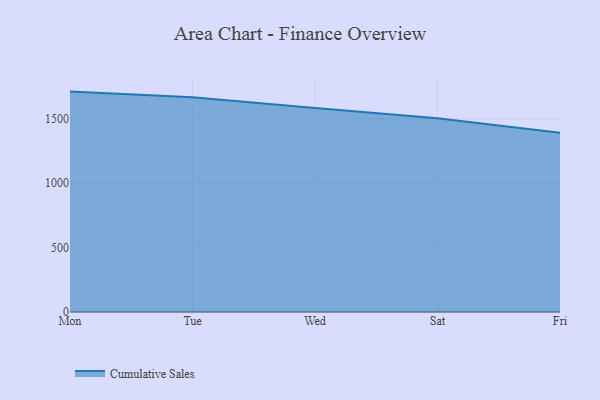
{"axis": {"x": "Day", "y": "Production Output"}, "legend": ["Cumulative Sales"], "data": [{"x": "Mon", "y": 1711.6, "type": "Cumulative Sales"}, {"x": "Tue", "y": 1668.6, "type": "Cumulative Sales"}, {"x": "Wed", "y": 1583.8, "type": "Cumulative Sales"}, {"x": "Sat", "y": 1504.1, "type": "Cumulative Sales"}, {"x": "Fri", "y": 1391.4, "type": "Cumulative Sales"}]}